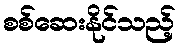
စစ်ဆေးနိုင်သည့်